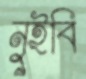
নুইবি